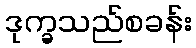
ဒုက္ခသည်စခန်း